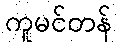
ကူမင်တန်